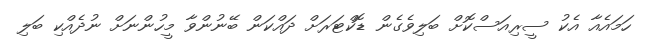
ހަމައެއާ އެކު ސީރިއަސްކޮށް ބަލިވެގެން ޑޮކްޓަރަށް ދައްކަން ބޭނުންވާ މީހުންނަށް ނުދެއްކި ބަލި